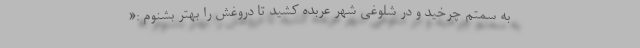
به سمتم چرخید و در شلوغی شهر عربده کشید تا دروغش را بهتر بشنوم :«